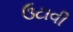
ઉટાવી